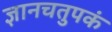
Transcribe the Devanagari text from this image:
ज्ञानचतुपकं